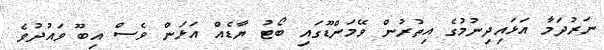
ނަރުދަމާ އަޅައިދިނުމުގެ އިތުރުން ވޭމަންޑޫގައި ބޯޓު ޔާޑެއް އަޅަން ވެސް އިބޫ ވައުދުވެ